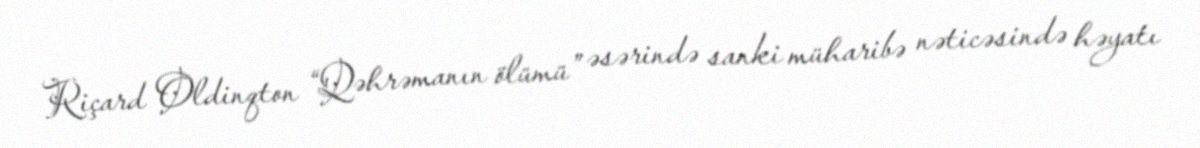
Riçard Oldinqton “Qəhrəmanın ölümü” əsərində sanki müharibə nəticəsində həyatı